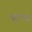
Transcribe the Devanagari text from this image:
च्हाह्त